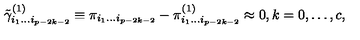
\tilde { \gamma } _ { i _ { 1 } \ldots i _ { p - 2 k - 2 } } ^ { ( 1 ) } \equiv \pi _ { i _ { 1 } \ldots i _ { p - 2 k - 2 } } - \pi _ { i _ { 1 } \ldots i _ { p - 2 k - 2 } } ^ { ( 1 ) } \approx 0 , k = 0 , \ldots , c ,